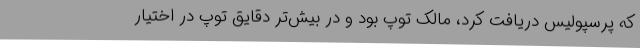
که پرسپولیس دریافت کرد، مالک توپ بود و در بیش‌تر دقایق توپ در اختیار